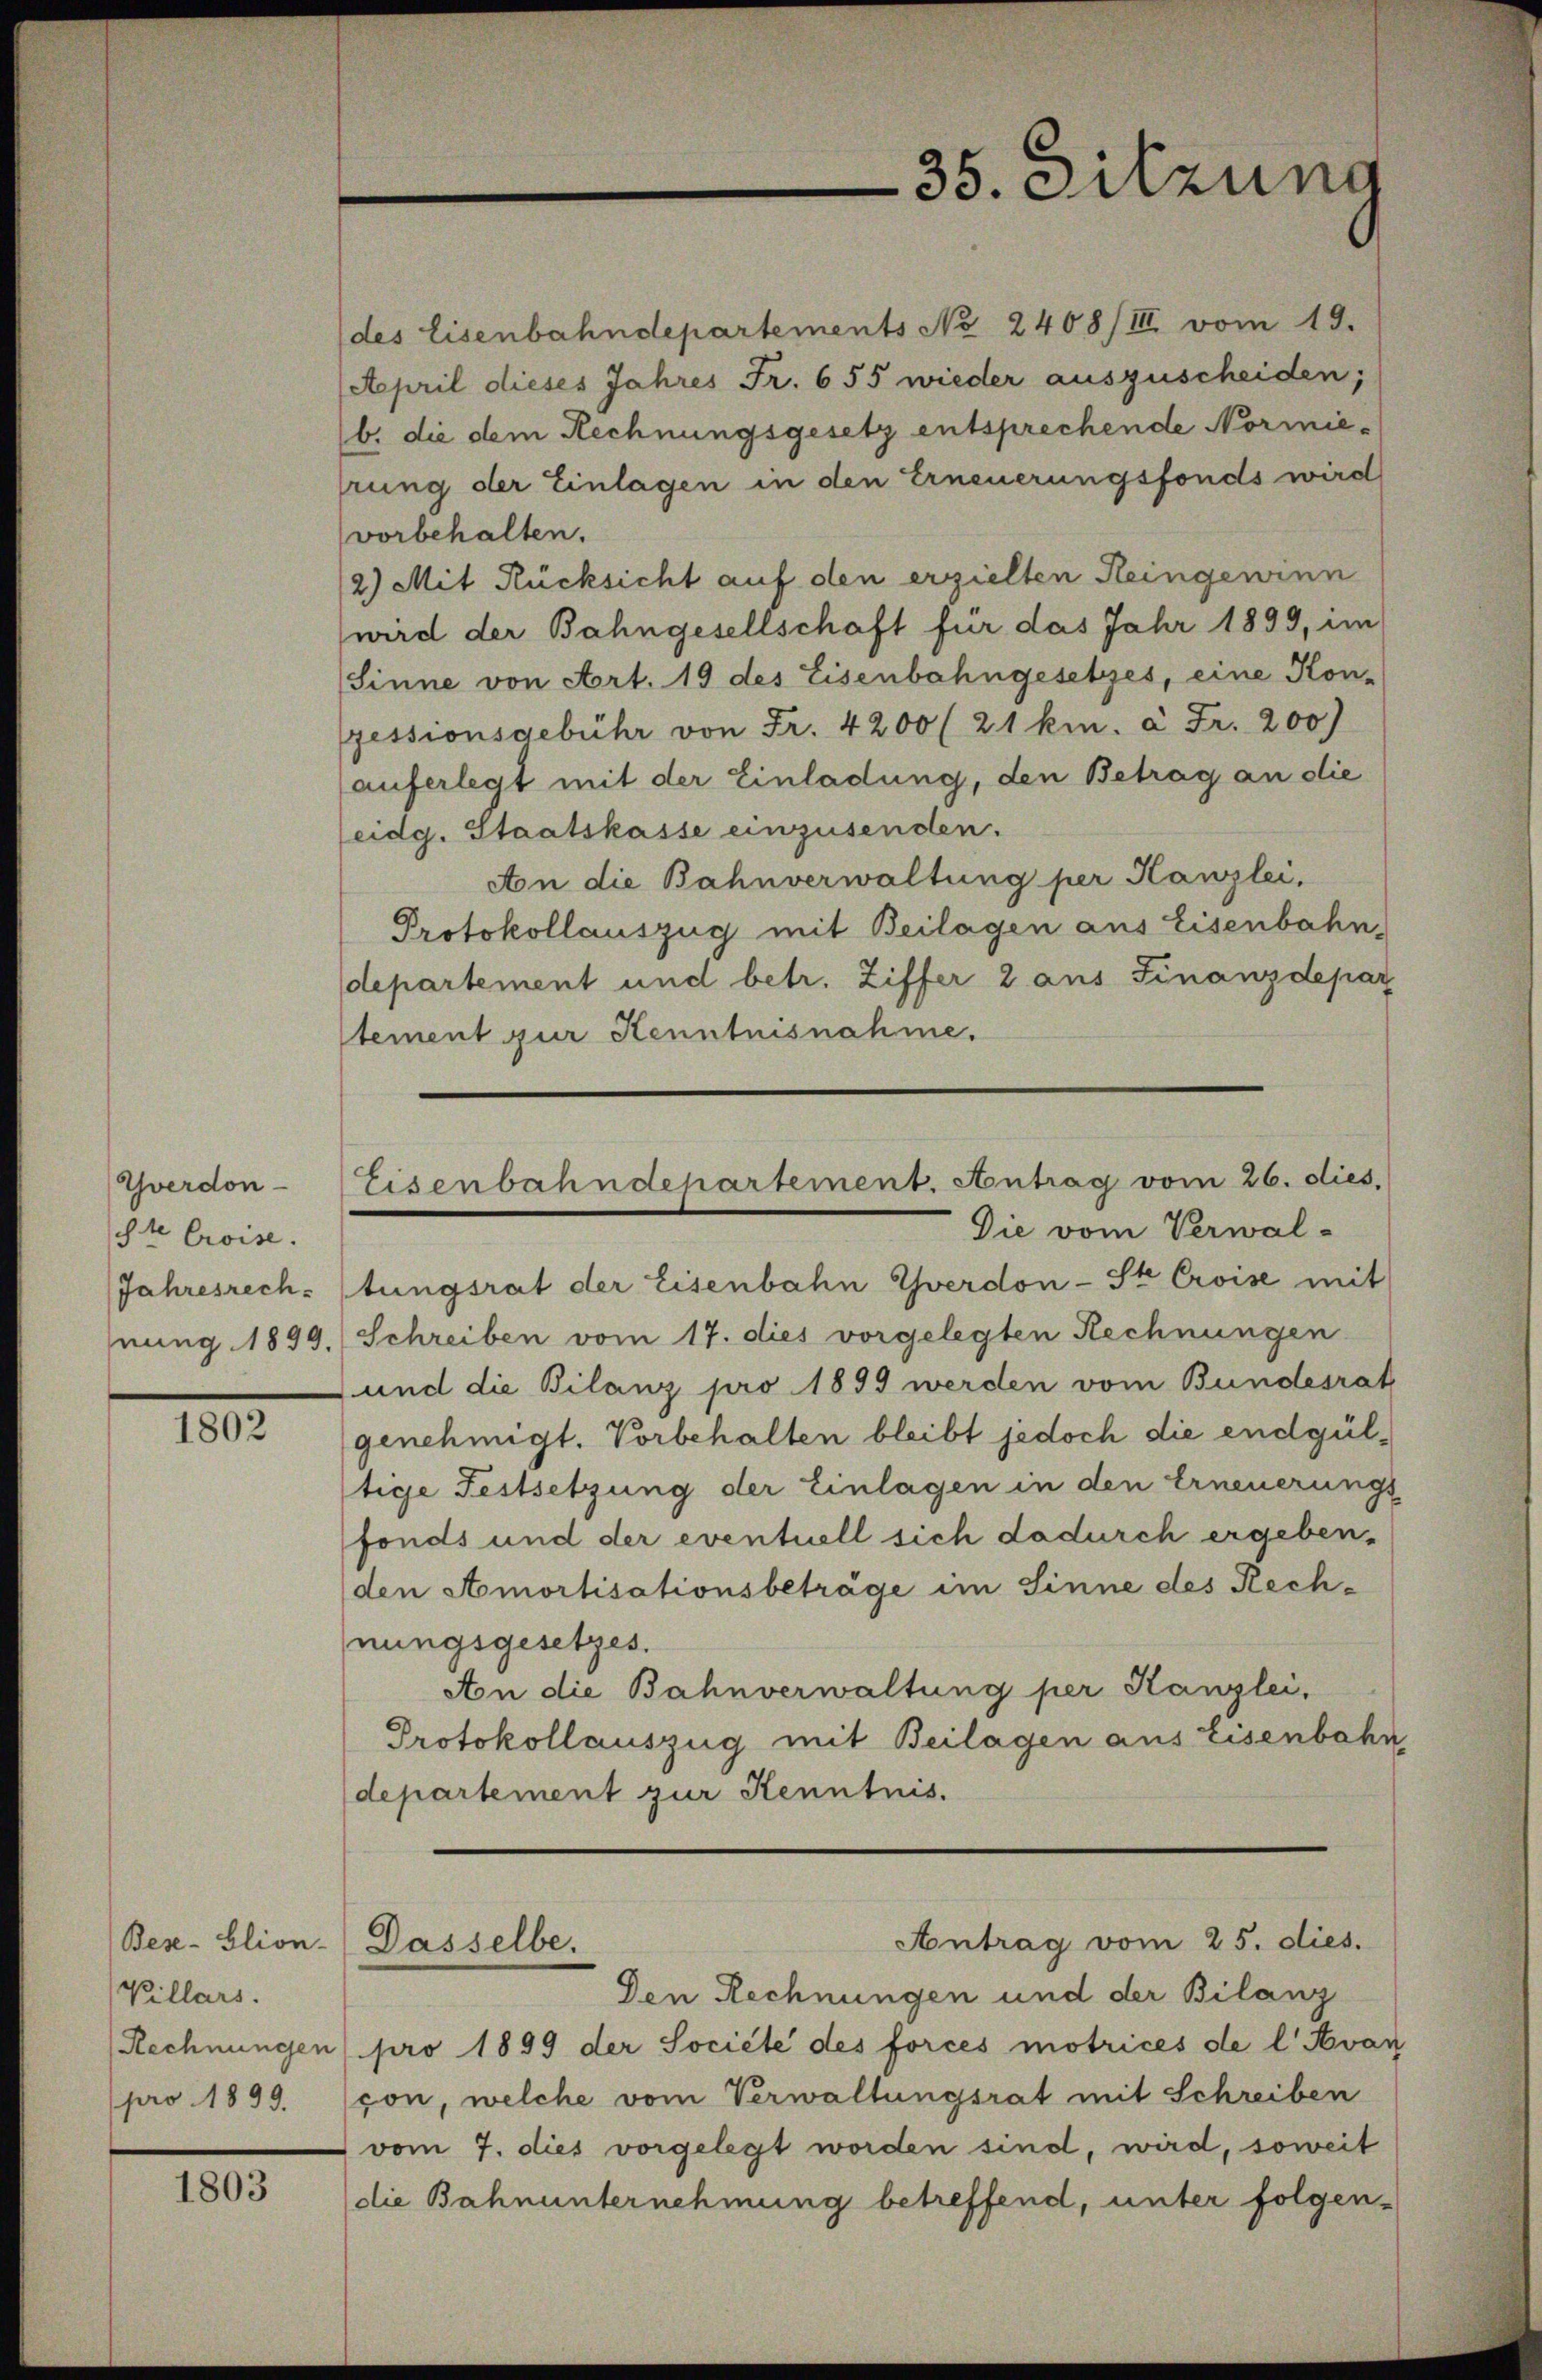
35. Sitzung

des Eisenbahndepartements No 2408/III. vom 19.
April dieses Jahres Fr. 655 wieder auszuscheiden;
b. die dem Rechnungsgesetz entsprechende Normiehrung der Einlagen in den Erneuerungsfonds wird
vorbehalten.
2) Mit Rücksicht auf den erzielten Reingewinn
wird der Bahngesellschaft für das Jahr 1899, im
(Sinne von Art. 19 des Eisenbahngesetzes, eine Kon-
zessionsgebühr von Fr. 4200 (21 km. à Fr. 200)
auferlegt mit der Einladung, den Betrag an die
eidg. Staatskasse einzusenden.
An die Bahnverwaltung per Kanzlei,
Protokollauszug mit Beilagen aus Eisenbahn-
departement und betr. Ziffer 2 aus Finanzdepar
tement zur Kenntnisnahme.

Eisenbahndepartement. Antrag vom 26. dies.
Die vom Verwal-

tungsrat der Eisenbahn Yverdon-Ste Croise mit
Schreiben vom 17. dies vorgelegten Rechnungen
und die Bilanz pro 1899 werden vom Bundesrat
genehmigt. Vorbehalten bleibt jedoch die endgültige Festsetzung der Einlagen in den Erneuerungs
fonds und der eventuell sich dadurch ergeben,
den Amortisationsbeträge im Sinne des Rechnungsgesetzes.
An die Bahnverwaltung per Kanzlei,
Protokollauszug mit Beilagen aus Eisenbahn,
departement zur Kenntnis.

Yverdon-
te Croise.
Jahresrech
nung 1899.

1802

Antrag vom 25. dies.

Dasselbe.

Bese-Glion-
Villars.
Rechnungen
pro 1899.

Den Rechnungen und der Bilanz
pro 1899 der Societe des forces motrices de l' Avan
von, welche vom Verwaltungsrat mit Schreiben
vom 7. dies vorgelegt worden sind, wird, soweit
die Bahnunternehmung betreffend, unter folgen-

1803